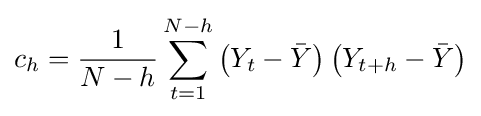
c_{h}={\frac {1}{N-h}}\sum _{t=1}^{N-h}\left(Y_{t}-{\bar {Y}}\right)\left(Y_{t+h}-{\bar {Y}}\right)